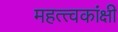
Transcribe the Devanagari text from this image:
महत्त्वकांक्षी